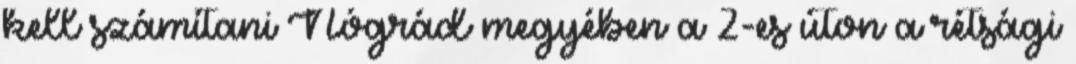
kell számítani Nógrád megyében a 2-es úton a rétsági